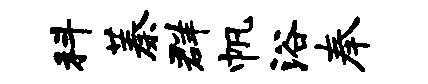
科蓁群帆浴奉